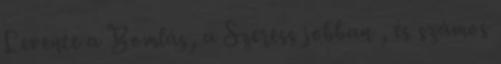
Levente a Bomlás, a Szeress jobban , és számos